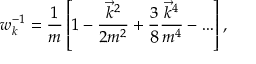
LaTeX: w _ { k } ^ { - 1 } = \frac 1 m \left[ 1 - \frac { \vec { k } ^ { 2 } } { 2 m ^ { 2 } } + \frac 3 8 \frac { \vec { k } ^ { 4 } } { m ^ { 4 } } - \ldots \right] ,